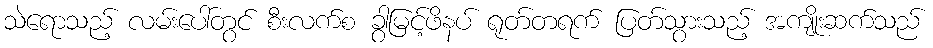
သဲရောသည့် လမ်းပေါ်တွင် စီးလက်စ ခွာမြင့်ဖိနပ် ရုတ်တရက် ပြတ်သွားသည့် အကျိုးဆက်သည်